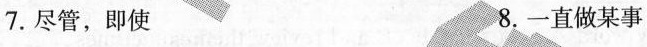
7.尽管，即使 8.一直做某事